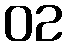
02